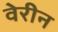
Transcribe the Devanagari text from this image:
वेरीन